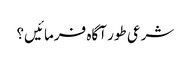
شرعی طور آگاہ فرمائیں؟